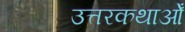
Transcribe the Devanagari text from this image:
उत्तरकथाओँ